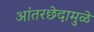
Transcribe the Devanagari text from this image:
आंतरछेदामुळे